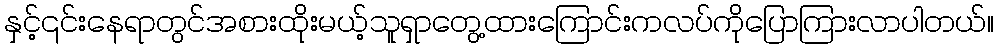
နှင့်၎င်းနေရာတွင်အစားထိုးမယ့်သူရှာတွေ့ထားကြောင်းကလပ်ကိုပြောကြားလာပါတယ်။